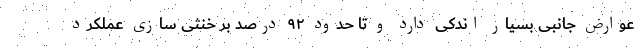
عوارض جانبی بسیار اندکی دارد و تا حدود ۹۲ درصد بر خنثی سازی عملکرد